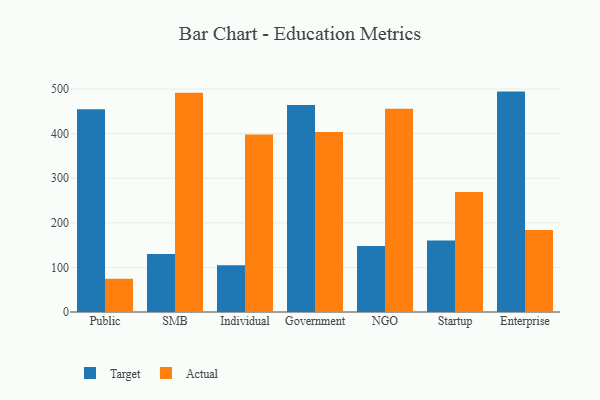
{"axis": {"x": "Segment", "y": "Headcount"}, "legend": ["Actual", "Target"], "data": [{"x": "Public", "y": 454.8, "type": "Target"}, {"x": "Public", "y": 74.6, "type": "Actual"}, {"x": "SMB", "y": 130.1, "type": "Target"}, {"x": "SMB", "y": 491.5, "type": "Actual"}, {"x": "Individual", "y": 104.8, "type": "Target"}, {"x": "Individual", "y": 398.2, "type": "Actual"}, {"x": "Government", "y": 464.0, "type": "Target"}, {"x": "Government", "y": 403.7, "type": "Actual"}, {"x": "NGO", "y": 148.3, "type": "Target"}, {"x": "NGO", "y": 456.1, "type": "Actual"}, {"x": "Startup", "y": 160.6, "type": "Target"}, {"x": "Startup", "y": 268.9, "type": "Actual"}, {"x": "Enterprise", "y": 494.3, "type": "Target"}, {"x": "Enterprise", "y": 183.8, "type": "Actual"}]}